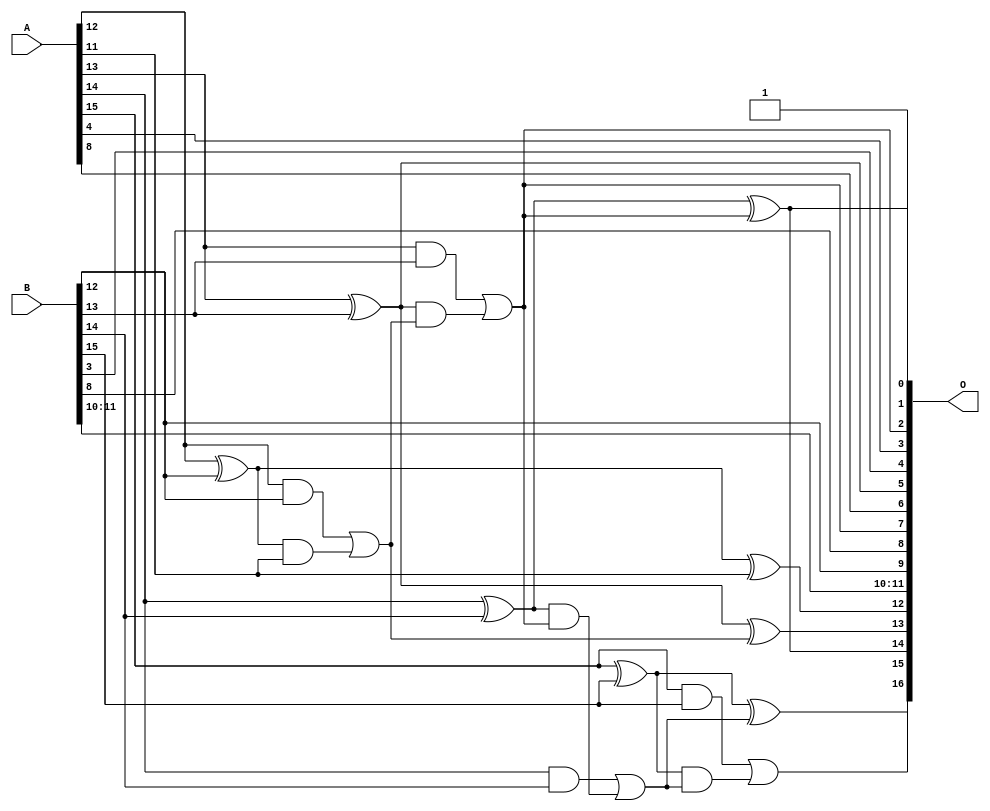
/***
* This code is a part of EvoApproxLib library (ehw.fit.vutbr.cz/approxlib) distributed under The MIT License.
* When used, please cite the following article(s): PRABAKARAN B. S., MRAZEK V., VASICEK Z., SEKANINA L., SHAFIQUE M. ApproxFPGAs: Embracing ASIC-based Approximate Arithmetic Components for FPGA-Based Systems. DAC 2020. 
***/
// MAE% = 0.82 %
// MAE = 1074 
// WCE% = 2.09 %
// WCE = 2735 
// WCRE% = 125.00 %
// EP% = 99.98 %
// MRE% = 2.26 %
// MSE = 15742.73e2 
// FPGA_POWER = 0.34
// FPGA_DELAY = 6.8
// FPGA_LUT = 5.0


module add16u_06U(A, B, O);
  input [15:0] A, B;
  output [16:0] O;
  wire sig_89, sig_90, sig_91, sig_93, sig_95, sig_96;
  wire sig_99, sig_100, sig_101, sig_103, sig_104, sig_105;
  wire sig_106;
  assign O[1] = 1'b1;
  assign sig_89 = A[12] ^ B[12];
  assign sig_90 = A[12] & B[12];
  assign sig_91 = sig_89 & A[11];
  assign O[12] = sig_89 ^ A[11];
  assign sig_93 = sig_90 | sig_91;
  assign O[5] = A[13] ^ B[13];
  assign sig_95 = A[13] & B[13];
  assign sig_96 = O[5] & sig_93;
  assign O[13] = O[5] ^ sig_93;
  assign O[2] = sig_95 | sig_96;
  assign sig_99 = A[14] ^ B[14];
  assign sig_100 = A[14] & B[14];
  assign sig_101 = sig_99 & O[2];
  assign O[0] = sig_99 ^ O[2];
  assign sig_103 = sig_100 | sig_101;
  assign sig_104 = A[15] ^ B[15];
  assign sig_105 = A[15] & B[15];
  assign sig_106 = sig_104 & sig_103;
  assign O[15] = sig_104 ^ sig_103;
  assign O[16] = sig_105 | sig_106;
  assign O[3] = A[4];
  assign O[4] = B[3];
  assign O[6] = A[8];
  assign O[7] = O[2];
  assign O[8] = B[8];
  assign O[9] = B[12];
  assign O[10] = B[10];
  assign O[11] = B[11];
  assign O[14] = O[0];
endmodule